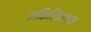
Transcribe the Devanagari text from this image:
अकिलिसच्या